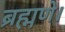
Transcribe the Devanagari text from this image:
ब्रह्मणे।